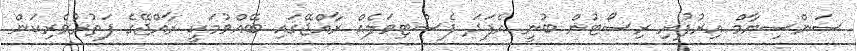
ސަންސިޔާމް އިރުފުށި ރިސޯޓުން ބުނީ އެފަދަ ފެސްޓިވަލެއް ރާއްޖޭގައި ބޭއްވުމަކީ ރާއްޖޭގެ ފަތުރުވެރިކަން